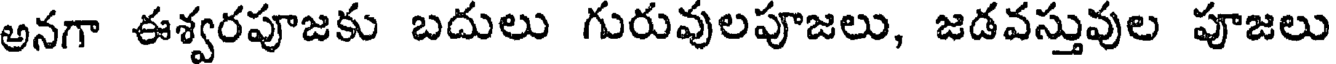
అనగా ఈశ్వరపూజకు బదులు గురువులపూజలు, జడవస్తువుల పూజలు